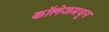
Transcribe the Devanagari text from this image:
कॉलेजमधुन